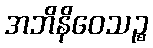
အဘိနိဝေသဉ္စ